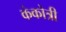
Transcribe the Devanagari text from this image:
कंकोत्री